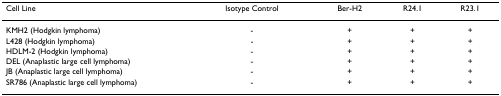
| Cell Line | Isotype Control | Ber-H2 | R24.1 | R23.1 |
 | --- | --- | --- | --- | --- |
 | KMH2 (Hodgkin lymphoma) | - | + | + | + |
 | L428 (Hodgkin lymphoma) | - | + | + | + |
 | HDLM-2 (Hodgkin lymphoma) | - | + | + | + |
 | DEL (Anaplastic large cell lymphoma) | - | + | + | + |
 | JB (Anaplastic large cell lymphoma) | - | + | + | + |
 | SR786 (Anaplastic large cell lymphoma) | - | + | + | + |